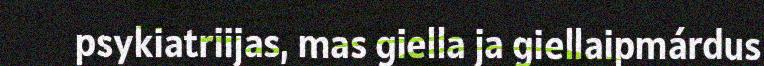
psykiatriijas, mas giella ja giellaipmárdus